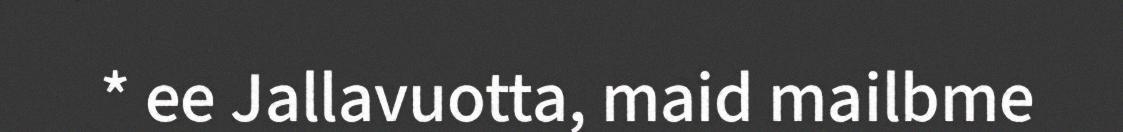
* ee Jallavuotta, maid mailbme